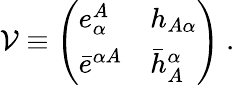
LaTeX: {\cal V}\equiv\left(\begin{array}{ll}{{e_{\alpha}^{A}}}&{{h_{A\alpha}}}\\ {{\bar{e}^{\alpha A}}}&{{\bar{h}_{A}^{\alpha}}}\end{array}\right)\ .